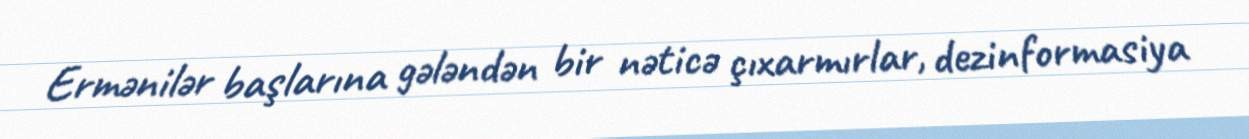
Ermənilər başlarına gələndən bir nəticə çıxarmırlar, dezinformasiya